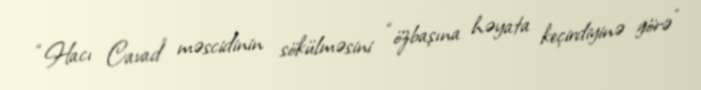
“Hacı Cavad” məscidinin sökülməsini “özbaşına həyata keçirdiyinə görə”